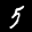
Label: 5